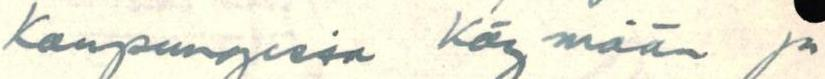
kaupungissa käymään ja